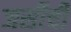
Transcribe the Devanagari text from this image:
जर्सीची